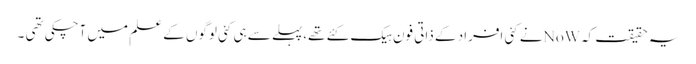
یہ حقیقت کہNoWنے کئی افراد کے ذاتی فون ہیک کئے تھے،پہلے سے ہی کئی لوگوں کے علم میں آچکی تھی ۔